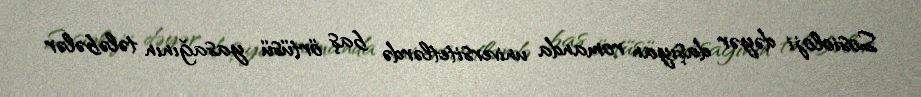
Sosioloji dəyər daşıyan romanda universitetlərdə baş örtüsü yasağının tələbələr